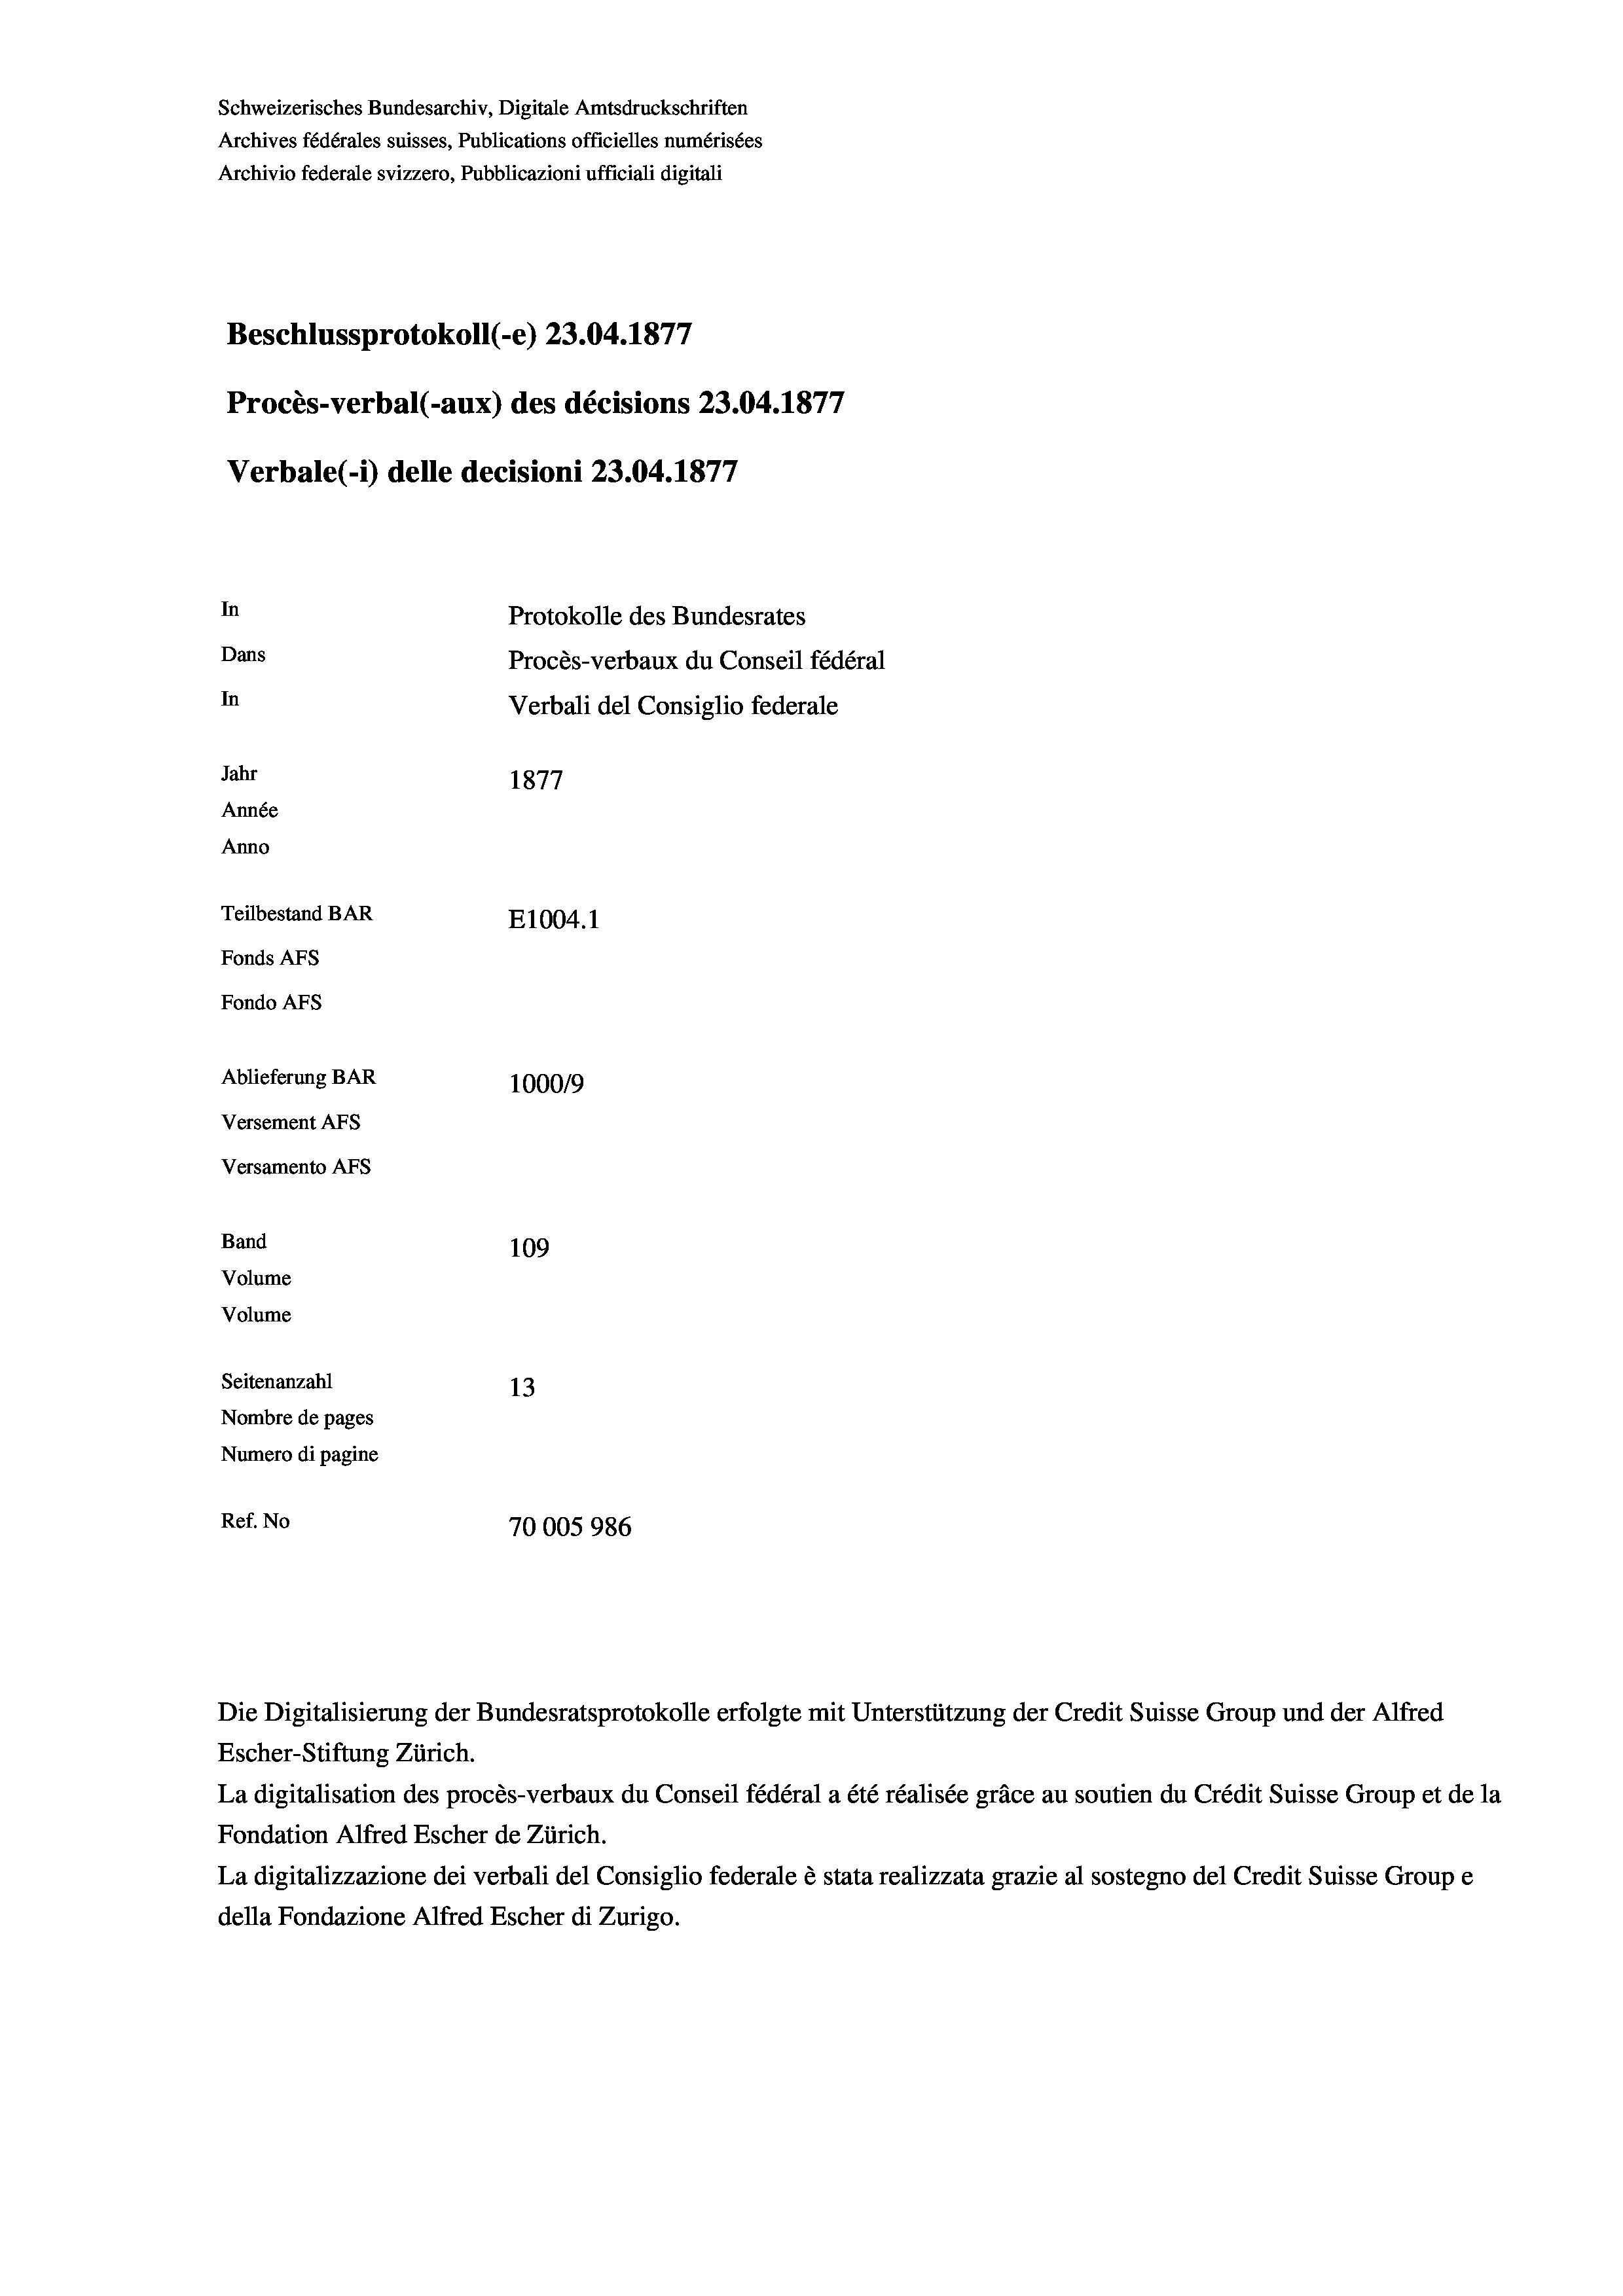
Schweizerisches Bundesarchiv, Digitale Amtsdruckschriften
Archives fédérales suisses, Publications officielles numérisées
Archivio federale svizzero, Pubblicazioni ufficiali digitali
Beschlussprotokoll (-e) 23.04. 1877
Procès-verbal (-aux) des décisions 23.04. 1877
Verbale(-*) delle decisioni 23.04. 1877
In
Protokolle des Bundesrates
Dans
Procès-verbaux du Conseil fédéral
In
Verbali del Consiglio federale
Jahr
1877
Année
Anno
Teilbestand BAR
E1004.1
Fonds AFs
Fondo AFs
Ablieferung BAR
100019
Versement AFS
Versamento Afs
Band
109
Volume
Volume

Seitenanzahl
13
Nombre de pages
Numero di pagine
Ref. No
70005986

Escher-Stiftung Zürich.
La digitalisation des procès-verbaux du Conseil fédéral a été réalisée gräce au soutien du Crédit Suisse Group et de la
Fondation Alfred Escher de Zürich.
La digitalizzazione dei verbali del Consiglio federale è stata realizzata grazie al sostegno del Credit Suisse Groupe
della Fondazione Alfred Escher di Zurigo.

Die Digitalisierung der Bundesratsprotokolle erfolgte mit Unterstützung der Credit Suisse Group und der Alfred